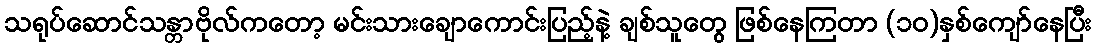
သရုပ်ဆောင်သန္တာဗိုလ်ကတော့ မင်းသားချောကောင်းပြည့်နဲ့ ချစ်သူတွေ ဖြစ်နေကြတာ (၁၀)နှစ်ကျော်နေပြီး